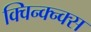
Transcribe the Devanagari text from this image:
क्विन्क्न्क्स